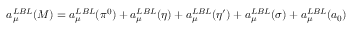
a _ { \mu } ^ { L B L } ( M ) = a _ { \mu } ^ { L B L } ( \pi ^ { 0 } ) + a _ { \mu } ^ { L B L } ( \eta ) + a _ { \mu } ^ { L B L } ( \eta ^ { \prime } ) + a _ { \mu } ^ { L B L } ( \sigma ) + a _ { \mu } ^ { L B L } ( a _ { 0 } )